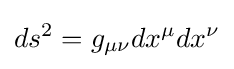
ds^{2}=g_{\mu \nu }dx^{\mu }dx^{\nu }